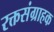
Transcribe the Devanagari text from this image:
रक्तसंग्राहक